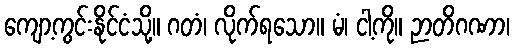
ကျော့ကွင်းနိုင်ငံသို့။ ဂတံ၊ လိုက်ရသော။ မံ၊ ငါ့ကို။ ဉာတိဂဏာ၊